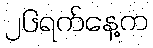
၂၆ရက်နေ့က